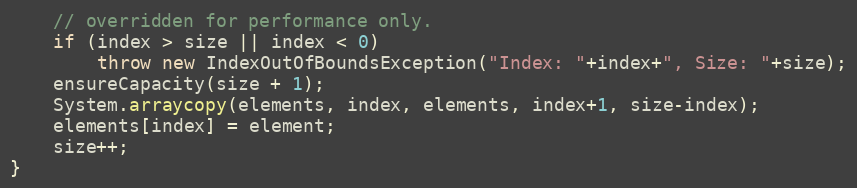
Language: Java
	// overridden for performance only.
	if (index > size || index < 0)
		throw new IndexOutOfBoundsException("Index: "+index+", Size: "+size);
	ensureCapacity(size + 1);
	System.arraycopy(elements, index, elements, index+1, size-index);
	elements[index] = element;
	size++;
}